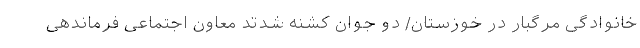
خانوادگی مرگبار در خوزستان/ دو جوان کشنه شدتد معاون اجتماعی فرماندهی